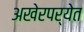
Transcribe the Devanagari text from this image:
अखेरपर्येत